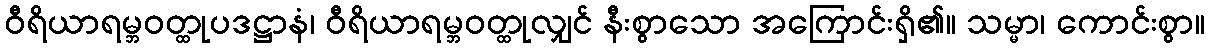
ဝီရိယာရမ္ဘဝတ္ထုပဒဋ္ဌာနံ၊ ဝီရိယာရမ္ဘဝတ္ထုလျှင် နီးစွာသော အကြောင်းရှိ၏။ သမ္မာ၊ ကောင်းစွာ။